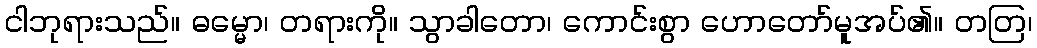
ငါဘုရားသည်။ ဓမ္မော၊ တရားကို။ သွာခါတော၊ ကောင်းစွာ ဟောတော်မူအပ်၏။ တတြ၊